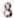
8